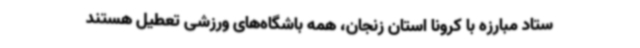
ستاد مبارزه با کرونا استان زنجان، همه باشگاه‌های ورزشی تعطیل هستند